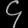
Digit: ၄